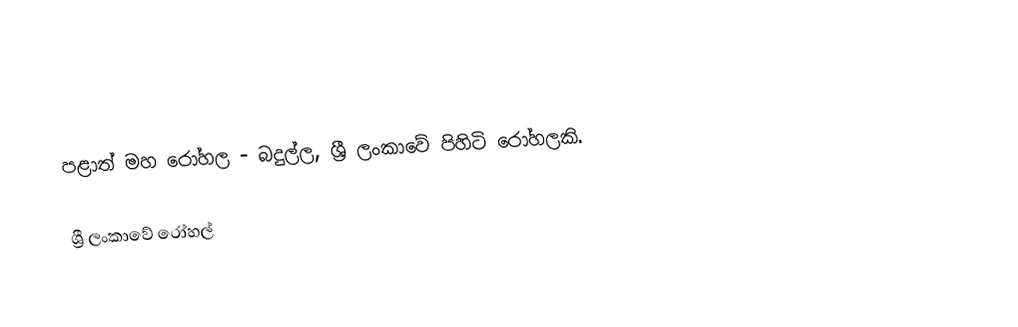
පළාත් මහ රෝහල - බදුල්ල, ශ්‍රී ලංකාවේ පිහිටි රෝහලකි.

ශ්‍රී ලංකාවේ රෝහල්